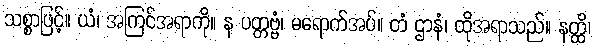
သစ္စာဖြင့်။ ယံ၊ အကြင်အရာကို။ န ပတ္တဗ္ဗံ၊ မရောက်အပ်။ တံ ဌာနံ၊ ထိုအရာသည်။ နတ္ထိ၊